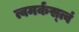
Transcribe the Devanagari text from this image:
त्वमर्कस्त्वं